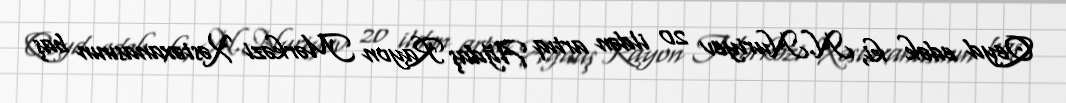
Qeyd edək ki, N.Nuriyev 20 ildən artıq Ağdaş Rayon Mərkəzi Xəstəxanasının baş